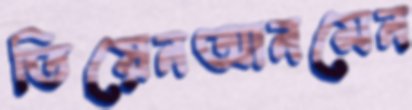
তিয়েনআনমেন